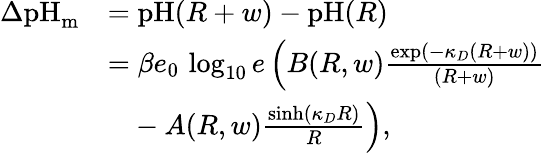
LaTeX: \begin{array}{rl}{\Delta\textrm{pH}_{\textrm{m}}}&{=\textrm{pH}(R+w)-\textrm{pH}(R)}\\ &{=\beta e_{0}\, \log_{10}{e}\left(B(R,w)\frac{\exp(-\kappa_{D}(R+w))}{(R+w)}\right.}\\ &{\left.\phantom{=}-A(R,w)\frac{\sinh(\kappa_{D}R)}{R}\right),}\end{array}